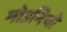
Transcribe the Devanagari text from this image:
मोउनियो